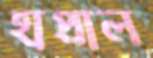
হাপ্‌রাল